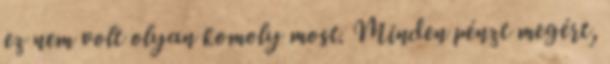
ez nem volt olyan komoly most. Minden pénzt megért,